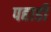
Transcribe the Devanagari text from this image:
पहाडी